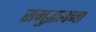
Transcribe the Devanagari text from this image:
समुद्भावना